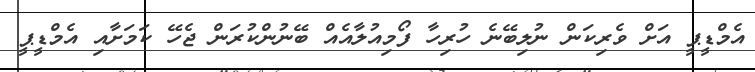
އެމްޑީޕީ އަށް ވެރިކަން ނުލިބޭނެ ހުރިހާ ފޯމިއުލާއެއް ބޭނުންކުރަން ޖެހޭ ކަމަށާއި އެމްޑީޕީ